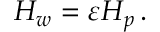
\begin{array} { r } { H _ { w } = { \varepsilon } H _ { p } \, . } \end{array}